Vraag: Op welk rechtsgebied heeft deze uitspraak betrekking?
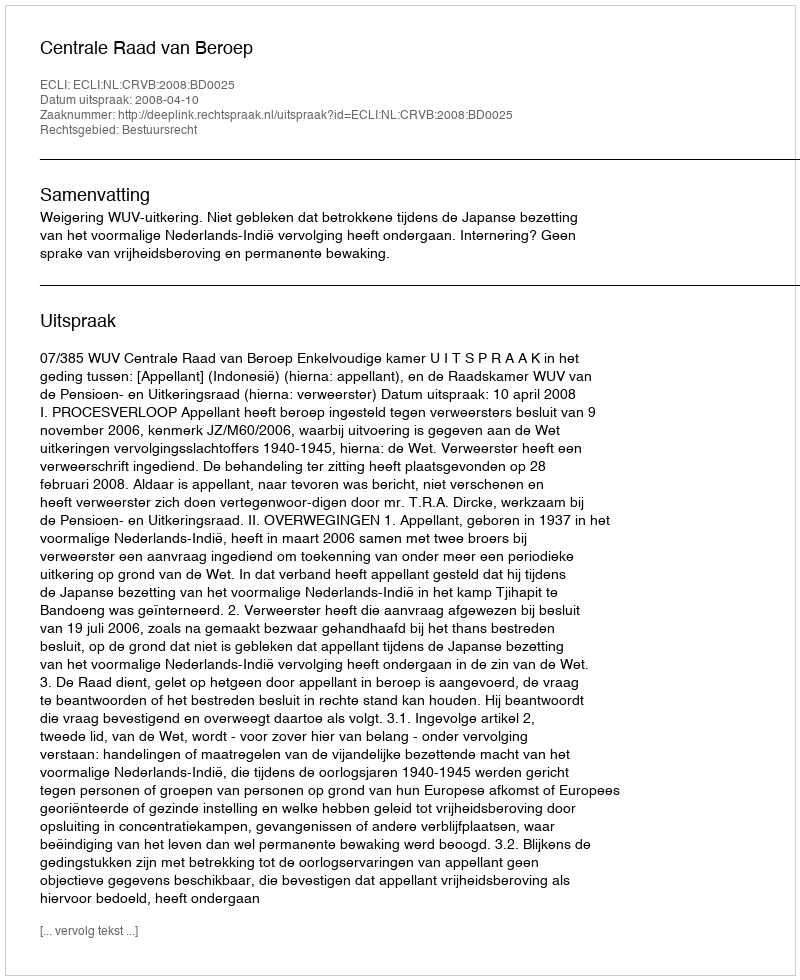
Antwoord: Bestuursrecht